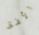
الأفق